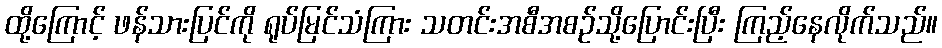
ထို့ကြောင့် ဖန်သားပြင်ကို ရုပ်မြင်သံကြား သတင်းအစီအစဉ်သို့ပြောင်းပြီး ကြည့်နေလိုက်သည်။